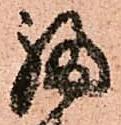
福